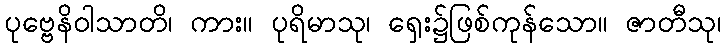
ပုဗ္ဗေနိဝါသာတိ၊ ကား။ ပုရိမာသု၊ ရှေး၌ဖြစ်ကုန်သော။ ဇာတီသု၊